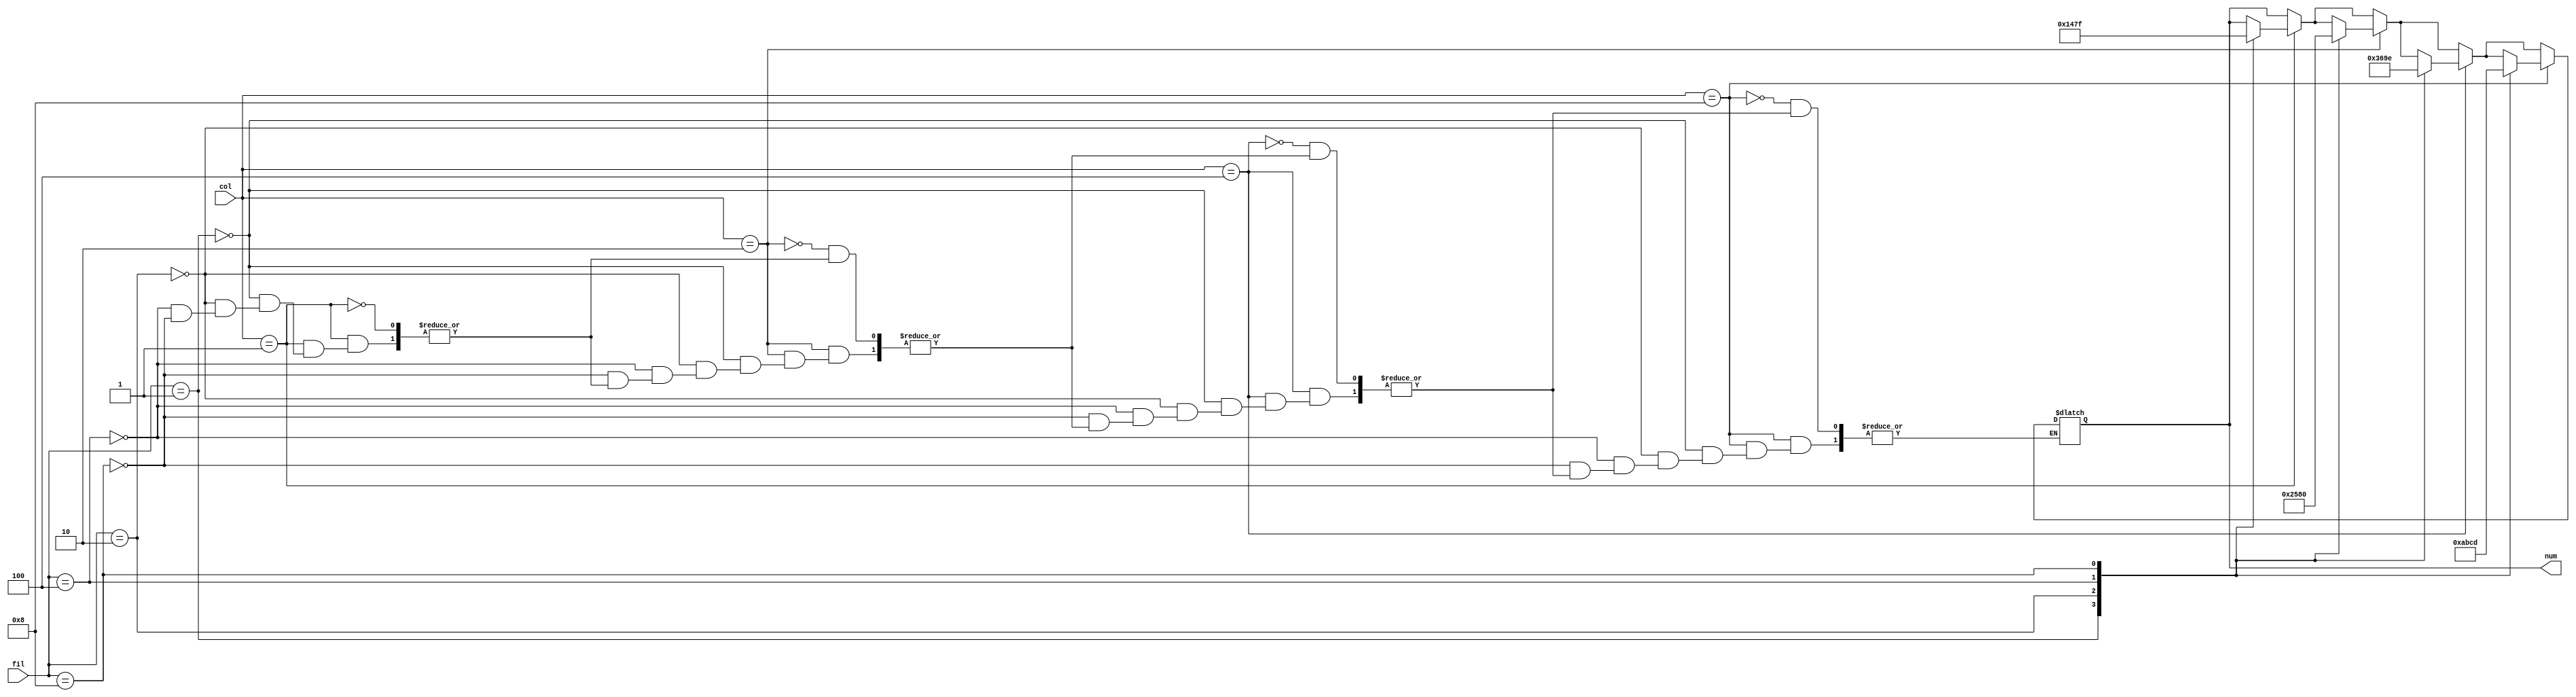
module convteclado(fil, col, num);
input [3:0] fil;
input [3:0] col;
output reg [3:0] num;

always @(*)begin
	if (col == 4'b0001)begin
		case(fil)
			4'b0001: num = 'd1;
			4'b0010: num = 'd4;
			4'b0100: num = 'd7;
			4'b1000: num = 'hf;
		endcase
		end
	if (col == 4'b0010)begin
		case(fil)
			4'b0001: num = 'd2;
			4'b0010: num = 'd5;
			4'b0100: num = 'd8;
			4'b1000: num = 'd0;
		endcase
		end
	if (col == 4'b0100)begin
		case(fil)
			4'b0001: num = 'd3;
			4'b0010: num = 'd6;
			4'b0100: num = 'd9;
			4'b1000: num = 'he;
		endcase
		end
	if (col == 4'b1000)begin
		case(fil)
			4'b0001: num = 'ha;
			4'b0010: num = 'hb;
			4'b0100: num = 'hc;
			4'b1000: num = 'hd;
		endcase
		end
	else begin
		num <= num;
	end
		
end
endmodule